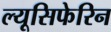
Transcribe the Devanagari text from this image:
ल्यूसिफेरिन